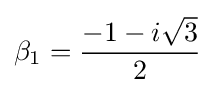
\beta _{1}={\frac {-1-i{\sqrt {3}}}{2}}